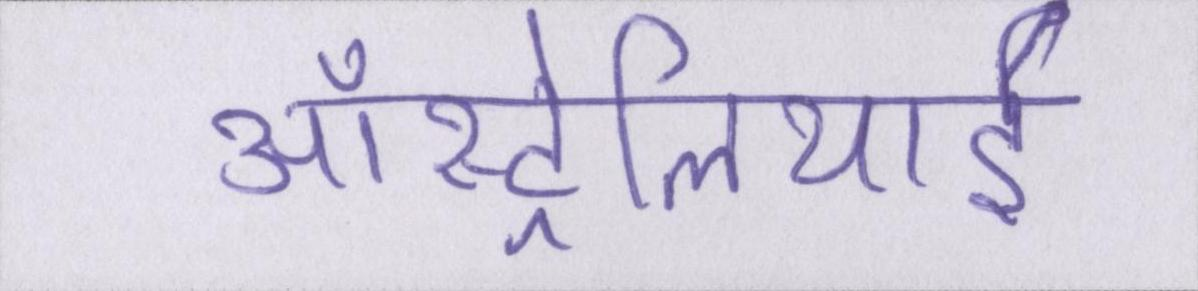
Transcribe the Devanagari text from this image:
ऑस्ट्रेलियाई